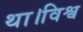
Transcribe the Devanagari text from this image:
था।विश्व